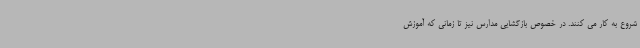
شروع به کار می کنند. در خصوص بازگشایی مدارس نیز تا زمانی که آموزش